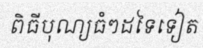
ពិធីបុណ្យធំៗដទៃទៀត